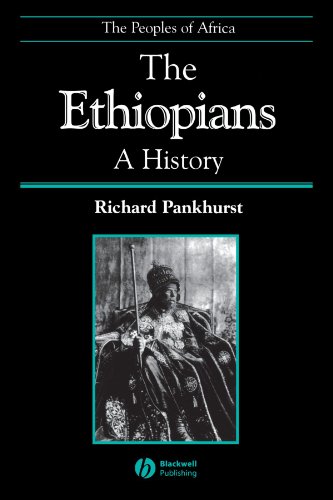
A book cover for The Ethiopians: A History; Richard Pankhurst; History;